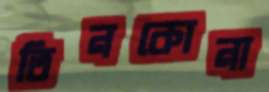
তিনকোনা